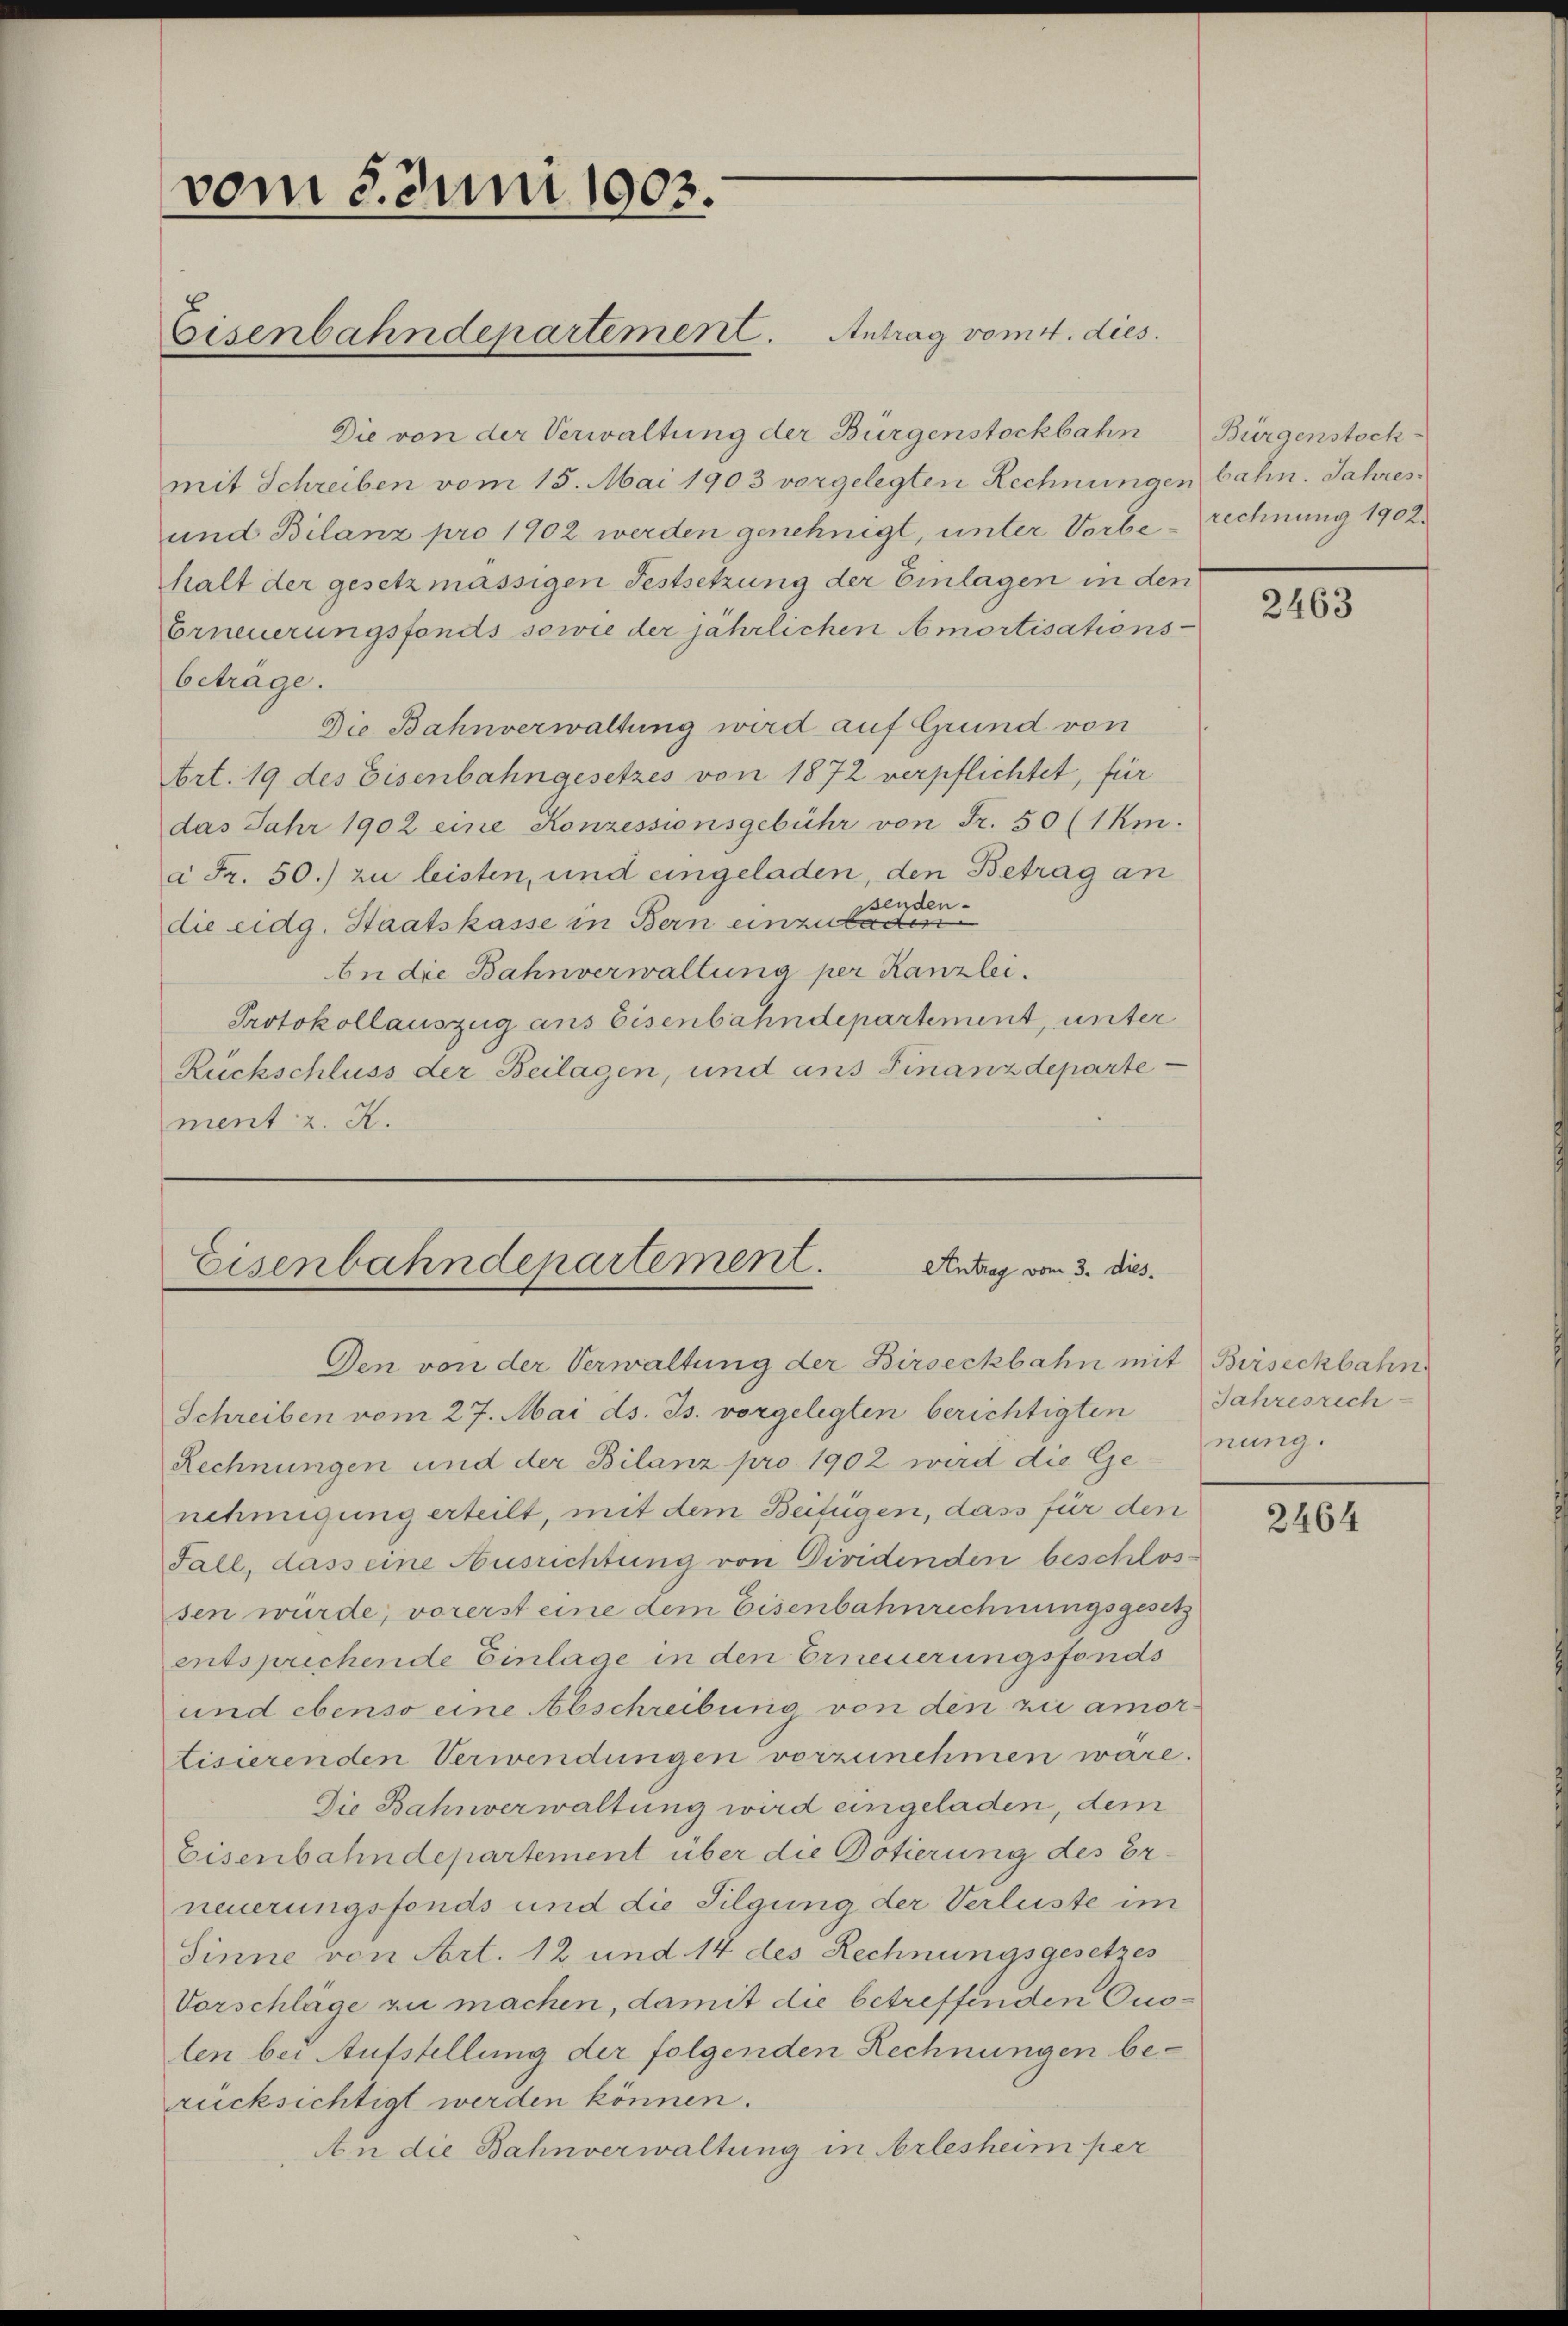
vom 3. Juni 1903.

Eisenbahndepartement. Antrag vom 4. dies

Die von der Verwaltung der Bürgenstöckbahn
mit Schreiben vom 15. Mai 1903 vorgelegten Rechnungen bahn. Jahres¬
und Bilanz pro 1902 werden genehmigt, unter Vorberechnung 1902.
halt der gesetzmässigen Festsetzung der Einlagen in den
Erneuerungsfonds sowie der jährlichen Amortisations-
beträge.
Die Bahnverwaltung wird auf Grund von
Art. 19 des Eisenbahngesetzes von 1872 verpflichtet, für
das Jahr 1902 eine Konzessionsgebühr von Fr. 50 (1km.
à Fr. 50.) zu leisten, und eingeladen, den Betrag an
senden.
die eidg. Staatskasse in Bern einzuladen
bn die Bahnverwaltung per Kanzlei.
Protokollauszug aus Eisenbahndepartement, unter
Rückschluss der Beilagen, und ans Finanzdepartement z. R.

Eisenbahndepartement.
Antrag vom 3. dies
Den von der Verwaltung der Birseckbahn mit Birseckbahn

Schreiben vom 27. Mai d. Js. vorgelegten berichtigten Jahresrech
Rechnungen und der Bilanz pro 1902 wird die Gerung.
nehmigung erteilt, mit dem Beifügen, dass für den
Fall, dass eine Ausrichtung von Cividenden beschlos
sen würde, vorerst eine dem Eisenbahnrechnungsgesetz
entsprechende Einlage in den Erneuerungsfonds
und ebenso eine Abschreibung von den zu amortisierenden Verwendungen vorzunehmen wäre.
Die Bahnverwaltung wird eingeladen, dem
Eisenbahndepartement über die Dotierung des Erneuerungsfonds und die Tilgung der Verluste im
Sinne von Art. 12 und 14 des Rechnungsgesetzes
Vorschläge zu machen, damit die betreffenden Auslen bei Aufstellung der folgenden Rechnungen berücksichtigt werden können.
An die Bahnverwaltung in Arlesheim per

Bürgenstock

2463

2464